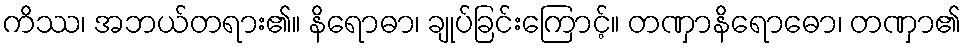
ကိဿ၊ အဘယ်တရား၏။ နိရောဓာ၊ ချုပ်ခြင်းကြောင့်။ တဏှာနိရောဓော၊ တဏှာ၏